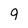
Character: 9